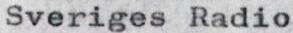
Sveriges Radio